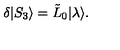
\delta | S _ { 3 } \rangle = \tilde { L } _ { 0 } { \mid } \lambda \rangle .